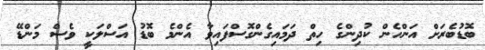
ބޮޑުބެރަށް އަންހެން ކުދިންގެ ހިތް ދަމައިގެންގޮސްފައިވާ އެންމެ ބޮޑު އަސްލަކީ ވެސް މަންޑޭ